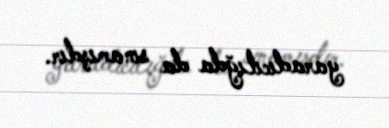
yaradıcılığda da sınamışdır.